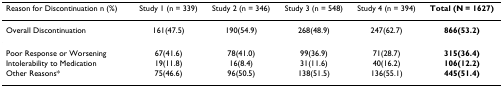
<table><thead><tr><td><b>Reason for Discontinuation n (%)</b></td><td><b>Study 1 (n = 339)</b></td><td><b>Study 2 (n = 346)</b></td><td><b>Study 3 (n = 548)</b></td><td><b>Study 4 (n = 394)</b></td><td><b>Total (N = 1627)</b></td></tr></thead><tbody><tr><td>Overall Discontinuation</td><td>161(47.5)</td><td>190(54.9)</td><td>268(48.9)</td><td>247(62.7)</td><td><b>866(53.2)</b></td></tr><tr><td>Poor Response or Worsening</td><td>67(41.6)</td><td>78(41.0)</td><td>99(36.9)</td><td>71(28.7)</td><td><b>315(36.4)</b></td></tr><tr><td>Intolerability to Medication</td><td>19(11.8)</td><td>16(8.4)</td><td>31(11.6)</td><td>40(16.2)</td><td><b>106(12.2)</b></td></tr><tr><td>Other Reasons*</td><td>75(46.6)</td><td>96(50.5)</td><td>138(51.5)</td><td>136(55.1)</td><td><b>445(51.4)</b></td></tr></tbody></table>